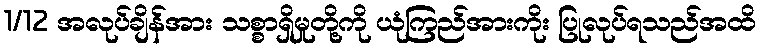
1/12 အလုပ်ချိန်အား သစ္စာရှိမှုတို့ကို ယုံကြည်အားကိုး ပြုလုပ်ရသည်အထိ